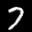
Label: 7